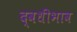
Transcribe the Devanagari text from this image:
द्वधीभाव